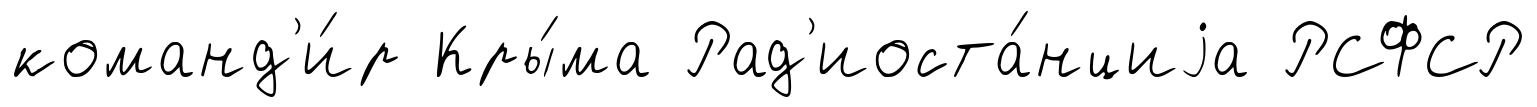
команд'и́р Кры́ма Рад'иоста́нциjа РСФСР